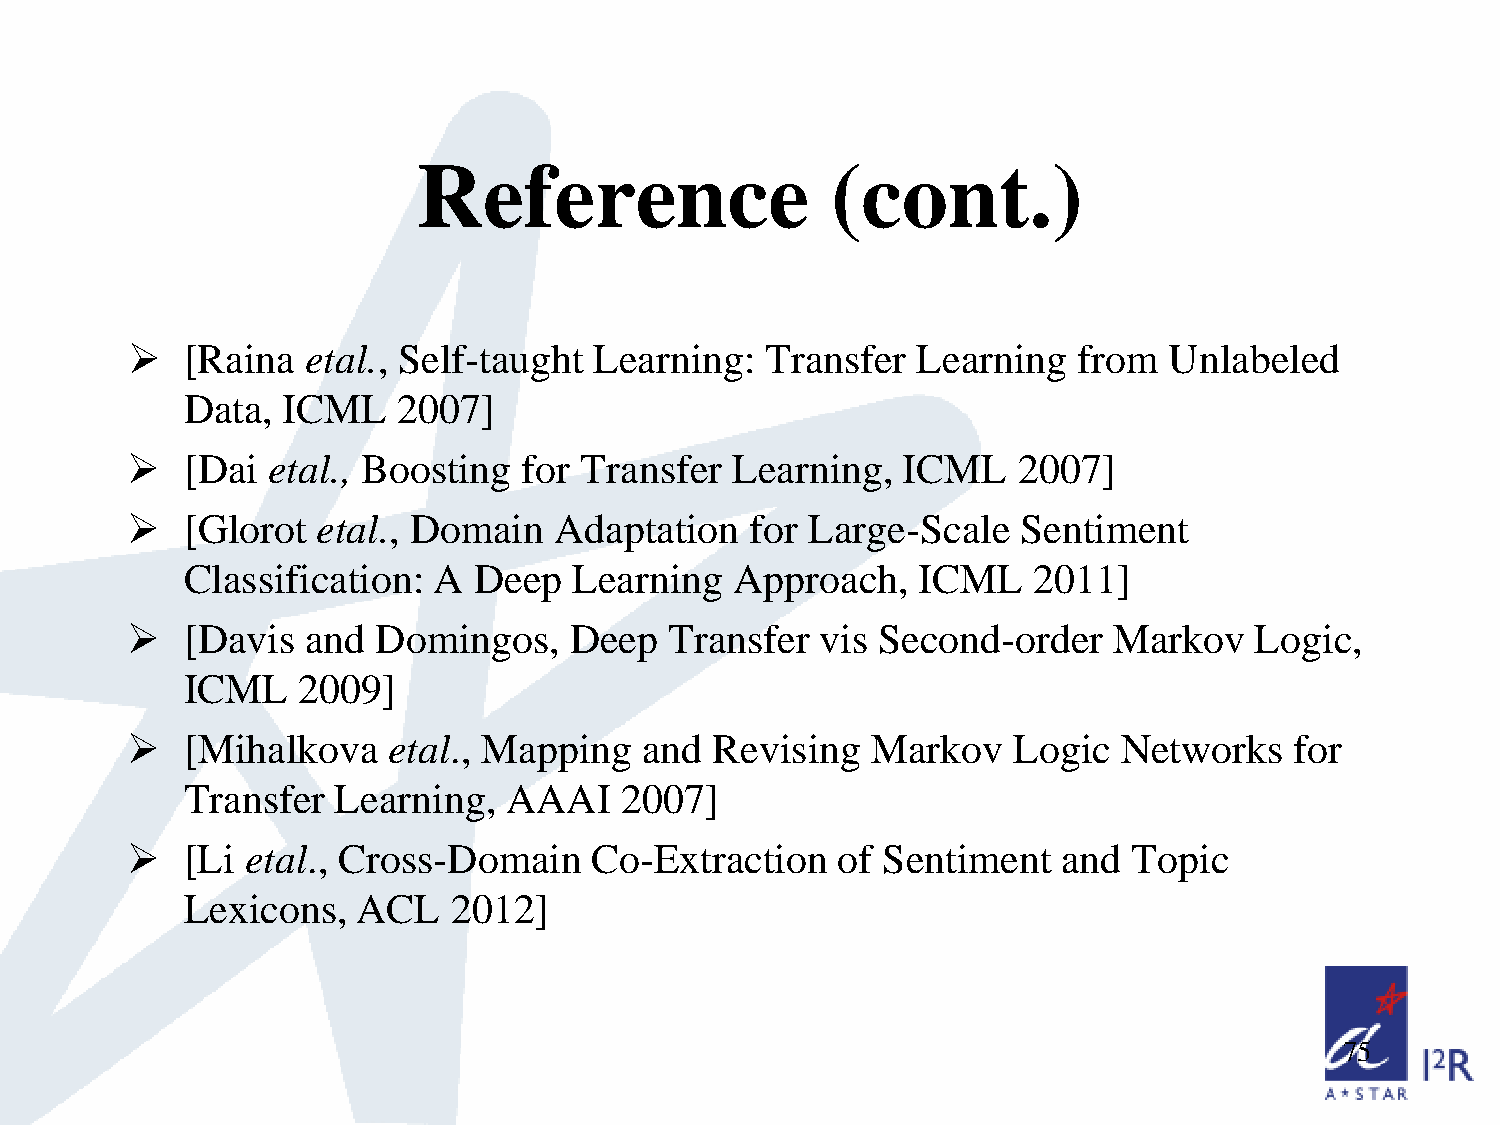
Reference                  (cont.)
    [Raina  etal., Self-taught Learning:   Transfer  Learning  from  Unlabeled
 Data,  ICML   2007]
    [Dai  etal., Boosting  for Transfer Learning,   ICML   2007]
    [Glorot  etal., Domain   Adaptation   for Large-Scale   Sentiment
 Classification:  A Deep   Learning   Approach,   ICML   2011]
    [Davis  and  Domingos,    Deep  Transfer  vis Second-order    Markov   Logic,
 ICML    2009]
    [Mihalkova    etal., Mapping  and  Revising   Markov   Logic  Networks    for
 Transfer  Learning,  AAAI    2007]
    [Li etal., Cross-Domain    Co-Extraction   of Sentiment   and  Topic
 Lexicons,   ACL   2012]
 75